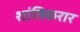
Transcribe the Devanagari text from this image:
शांतिकरार